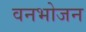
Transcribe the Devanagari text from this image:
वनभोजन